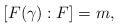
LaTeX: \begin{align*} [F(\gamma):F]=m, \end{align*}